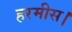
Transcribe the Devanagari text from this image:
हरमीस।